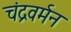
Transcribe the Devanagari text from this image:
चंद्रवर्मन